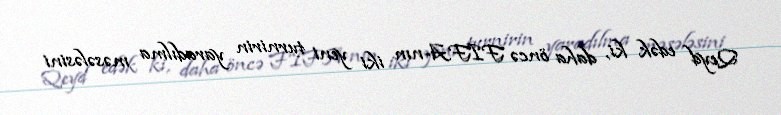
Qeyd edək ki, daha öncə FIFA-nın iki yeni turnirin yaradılma məsələsini